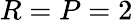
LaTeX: R=P=2